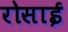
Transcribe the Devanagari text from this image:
रोसाई